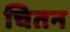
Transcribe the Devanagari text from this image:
चितन